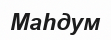
Маһдум